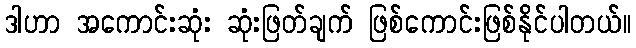
ဒါဟာ အကောင်းဆုံး ဆုံးဖြတ်ချက် ဖြစ်ကောင်းဖြစ်နိုင်ပါတယ်။